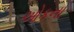
ઓકના